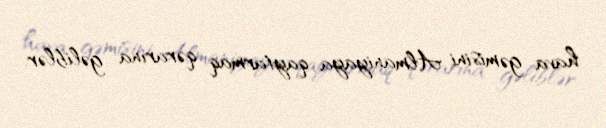
hava gəmisini Almaniyaya qaytarmaq qərarına gəliblər.